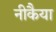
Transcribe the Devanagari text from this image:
नीकैया